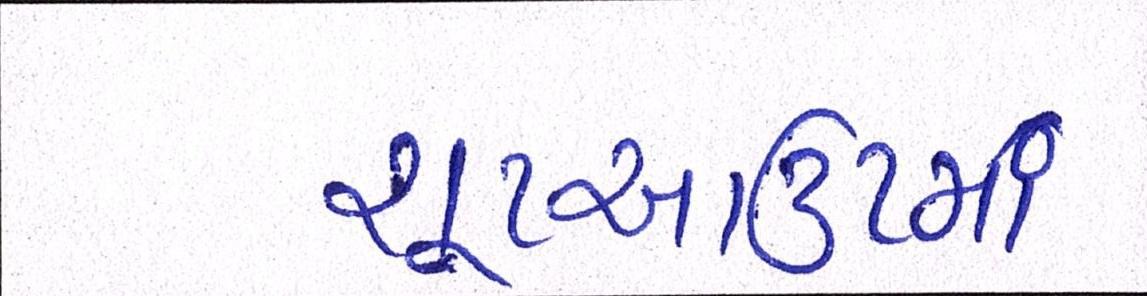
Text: શૂટઆઉટમાં